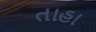
તાહા